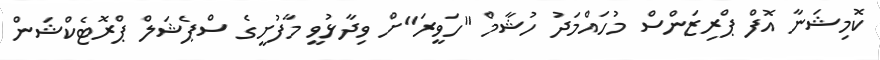
ކޮމިޝަނާ އޮފް ޕްރިޒަންސް މުހައްމަދު ހުޝާމް "ހަވީރަ"ށް ވިދާޅުވީ މާފުށީގެ ސްޕެޝަލް ޕްރޮޓެކްޝަން